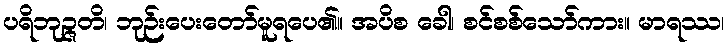
ပရိဘုဉ္ဇတိ၊ ဘုဉ်းပေးတော်မူရပေ၏။ အပိစ ခေါ၊ စင်စစ်သော်ကား။ မာရဿ၊